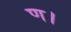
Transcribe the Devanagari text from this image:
ण।